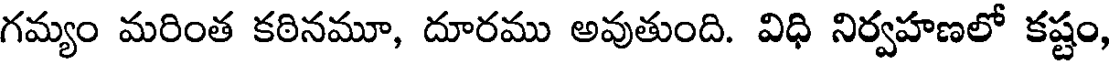
గమ్యం మరింత కఠినమూ, దూరము అవుతుంది. విధి నిర్వహణలో కష్టం,